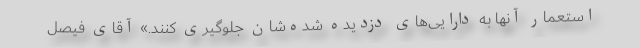
استعمار آنها به دارایی‌های دزدیده ‌شده‌شان جلوگیری کنند.» آقای فیصل